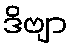
ဒိဗျာ